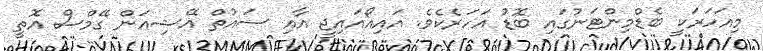
މިއަހަރަކީ ބެޑްމިންޓަނުގައި ބޮޑު އަހަރެކެވެ. އައިއޯއައިޖީ އާއި ސައުތް އޭޝިއަން ގޭމްސް އޮތީ